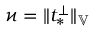
\varkappa = \| t _ { * } ^ { \perp } \| _ { \mathbb { V } }